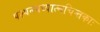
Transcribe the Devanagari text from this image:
पश्यन्त्यध्यात्मचिन्तकाः